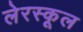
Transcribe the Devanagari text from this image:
लेरस्कूल